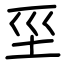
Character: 坙